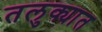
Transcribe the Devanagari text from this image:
तलुक्यात